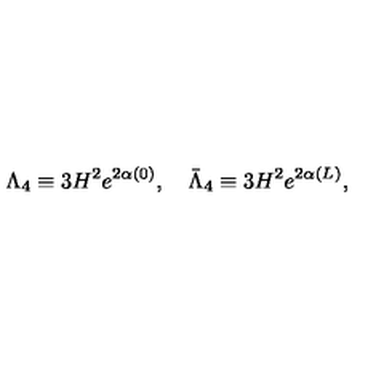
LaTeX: \Lambda _ { 4 } \equiv 3 H ^ { 2 } e ^ { 2 \alpha ( 0 ) } , \quad \bar { \Lambda } _ { 4 } \equiv 3 H ^ { 2 } e ^ { 2 \alpha ( L ) } ,